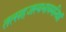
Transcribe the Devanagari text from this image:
तत्सहजस्वभावमनिशं